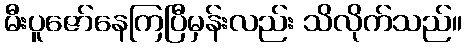
မီးပူဇော်နေကြပြီမှန်းလည်း သိလိုက်သည်။